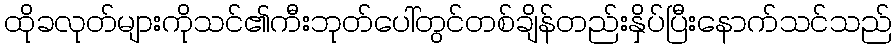
ထိုခလုတ်များကိုသင်၏ကီးဘုတ်ပေါ်တွင်တစ်ချိန်တည်းနှိပ်ပြီးနောက်သင်သည်